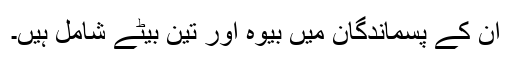
ان کے پسماندگان میں بیوہ اور تین بیٹے شامل ہیں۔